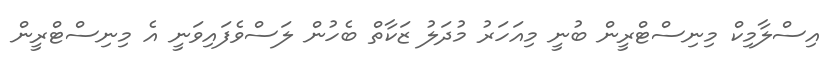
އިސްލާމިކް މިނިސްޓްރީން ބުނީ މިއަހަރު މުދަލު ޒަކާތް ބެހުން ލަސްވެފައިވަނީ އެ މިނިސްޓްރީން